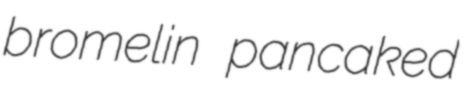
bromelin pancaked